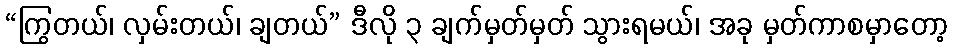
“ကြွတယ်၊ လှမ်းတယ်၊ ချတယ်” ဒီလို ၃ ချက်မှတ်မှတ် သွားရမယ်၊ အခု မှတ်ကာစမှာတော့